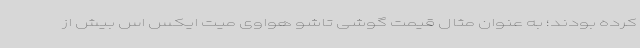
کرده بودند؛ به عنوان مثال قیمت گوشی تاشو هواوی میت ایکس اس بیش از